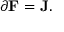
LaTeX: \partial \mathbf { F } = \mathbf { J } .